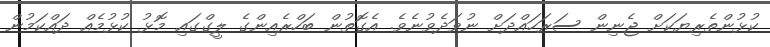
ކުޅުންތެރިޔަކަށް ޖެނިން ސަރަހައްދަށް ނުވަދެވުނެވެ. އެގޮތުން ބަހްރެއިންގެ ލީގްގައި މޮޅު ކުޅުމެއް ދައްކަމުން